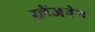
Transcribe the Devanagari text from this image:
स्लेंजनेम